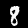
Label: 8